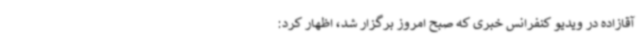
آقازاده در ویدیو کنفرانس خبری که صبح امروز برگزار شد، اظهار کرد: